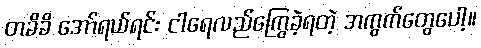
တခိခိ အော်ရယ်ရင်း ငါရေလည်ကြွေခဲ့ရတဲ့ အကွက်တွေပေါ့။